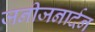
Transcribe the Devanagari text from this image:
जनीजनार्दन